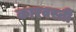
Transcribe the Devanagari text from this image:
कारवस्ती